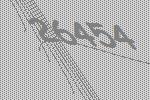
26454